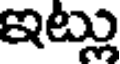
ఇట్లు